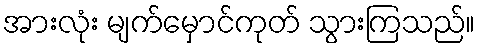
အားလုံး မျက်မှောင်ကုတ် သွားကြသည်။